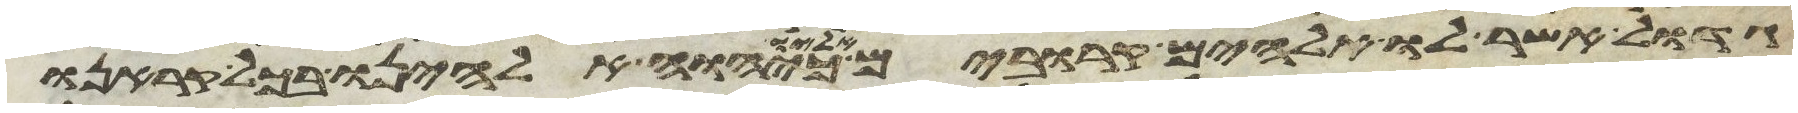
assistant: גדול אשר לו אלהים קרובים אליו כיהוה אלהינו בכל קראנו